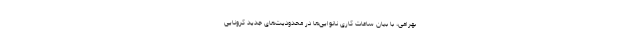
بهرامی، با بیان ساعات کاری نانوایی‌ها در محدودیت‌های جدید کرونایی